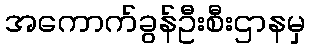
အကောက်ခွန်ဦးစီးဌာနမှ